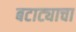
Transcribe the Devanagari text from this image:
बटाट्याचा